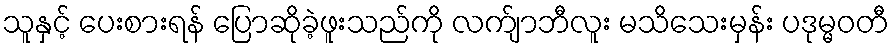
သူနှင့် ပေးစားရန် ပြောဆိုခဲ့ဖူးသည်ကို လက်ျာဘီလူး မသိသေးမှန်း ပဒုမ္မဝတီ